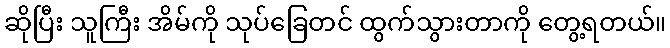
ဆိုပြီး သူကြီး အိမ်ကို သုပ်ခြေတင် ထွက်သွားတာကို တွေ့ရတယ်။